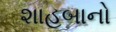
શાહબાનો